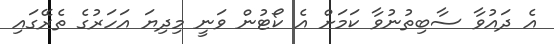
އެ ދައުވާ ސާބިތުނުވާ ކަމަށް އެ ކޯޓުން ވަނީ މިދިޔަ އަހަރުގެ ތެރޭގައި